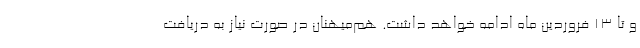
و تا ۱۳ فروردین ماه ادامه خواهد داشت. هم‌میهنان در صورت نیاز به دریافت